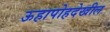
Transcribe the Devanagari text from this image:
ऊहापोहदेखील